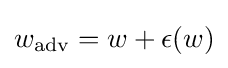
w_{\text{adv}}=w+\epsilon (w)